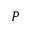
P